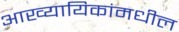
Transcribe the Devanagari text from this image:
आख्यायिकांमधील